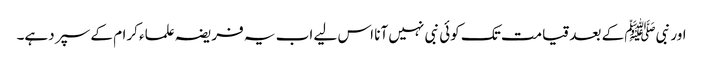
اور نبیﷺ کے بعد قیامت تک کوئی نبی نہیں آنا اس لیے اب یہ فریضہ علماء کرام کے سپر دہے۔